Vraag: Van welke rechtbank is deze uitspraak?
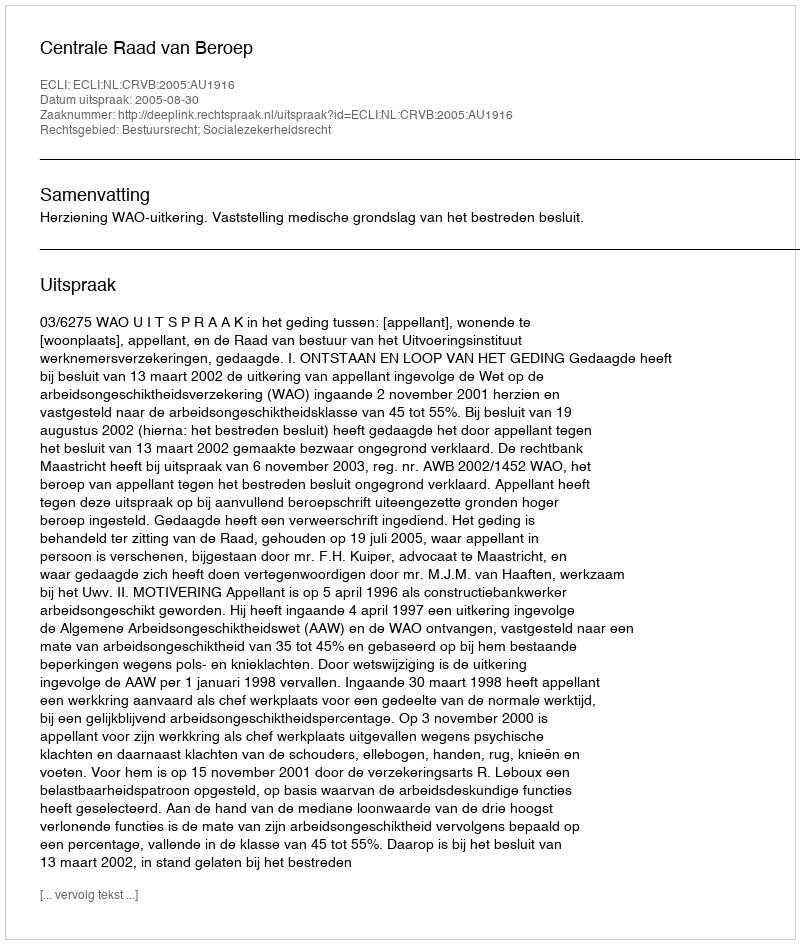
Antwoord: Centrale Raad van Beroep